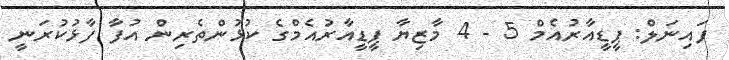
ފައިނަލް: ޕީޑީއާރުއެމް 5 - 4 މާޒިޔާ ޕީޑީއާރުއެމްގެ ކުޅުންތެރިން އުފާ ފާޅުކުރަނީ